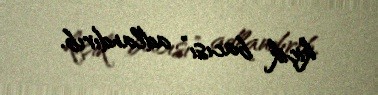
kiçik bacısı” adlandırıb.